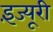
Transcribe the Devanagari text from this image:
इंज्यूरी